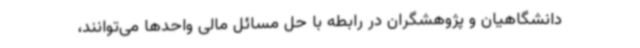
دانشگاهیان و پژوهشگران در رابطه با حل مسائل مالی واحدها می‌توانند،